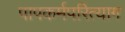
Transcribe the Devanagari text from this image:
पापकर्मपरित्याग